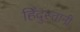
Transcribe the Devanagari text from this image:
हिँदुस्तानी